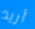
أريد